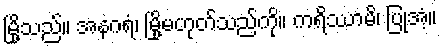
မြို့သည်။ အနဂရံ၊ မြို့မဟုတ်သည်ကို။ ကရိဿာမိ၊ ပြုအံ့။